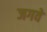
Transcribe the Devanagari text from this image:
जगवे